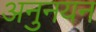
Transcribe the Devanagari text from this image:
अनुनयन